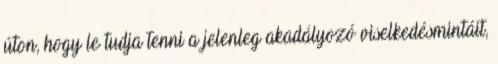
úton, hogy le tudja tenni a jelenleg akadályozó viselkedésmintáit,